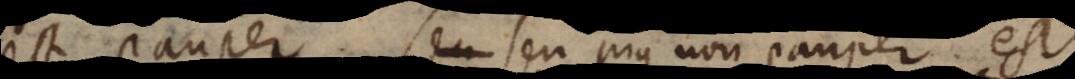
est pauper, seu pius non pauper est